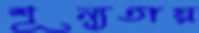
শূন্যতায়